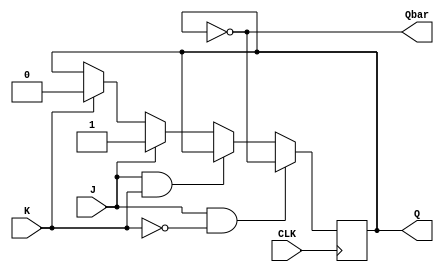
module jk_flip_flop (
    input J,
    input K,
    input CLK,
    output reg Q,
    output reg Qbar
);

always @(posedge CLK) begin
    if (J & ~K) // toggle
        Q <= ~Q;
    else if (J & K) // invalid state
        Q <= Q;
    else if (J) // set
        Q <= 1;
    else if (K) // reset
        Q <= 0;
end

assign Qbar = ~Q;

endmodule